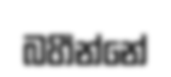
බහීන්නේ